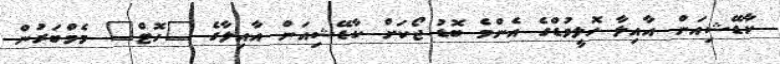
ކާޑޭޝިއަން އާއިލާ ހޮލީވުޑްގެ އެންމެ ބޮޑު ޖޯކަށް ކާޑޭޝިއަން އާއިލާގެ "ހޮޓް" މެމްބަރުން